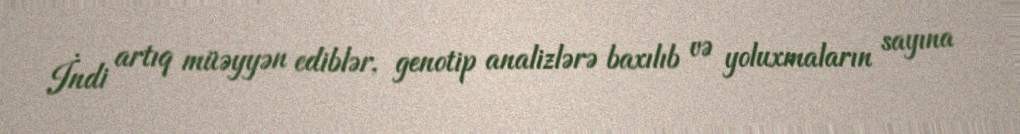
İndi artıq müəyyən ediblər, genotip analizlərə baxılıb və yoluxmaların sayına